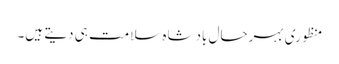
منظوری بہرحال بادشاہ سلامت ہی دیتے ہیں۔